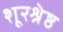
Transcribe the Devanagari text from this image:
शूरश्रेष्ठ